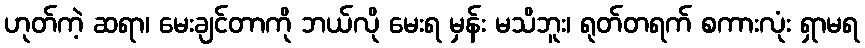
ဟုတ်ကဲ့ ဆရာ၊ မေးချင်တာကို ဘယ်လို မေးရ မှန်း မသိဘူး၊ ရုတ်တရက် စကားလုံး ရှာမရ